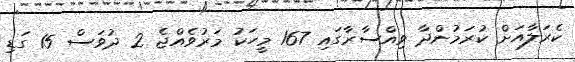
ކެރަލާއަށް ކުރަމުންދާ ވިއްސާރާގައި 167 މީހަކު މަރުވެއްޖެ 2 ދުވަސް 15 ގަޑި